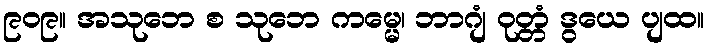
၉၀၉။ အသုဘေ စ သုဘေ ကမ္မေ၊ ဘာဂျံ ဝုတ္တံ ဒွယေ ပျထ။